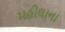
મહીલાના